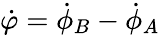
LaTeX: {\dot{\varphi}}={\dot{\phi}}_{B}-{\dot{\phi}}_{A}